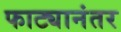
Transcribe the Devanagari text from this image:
फाट्यानंतर